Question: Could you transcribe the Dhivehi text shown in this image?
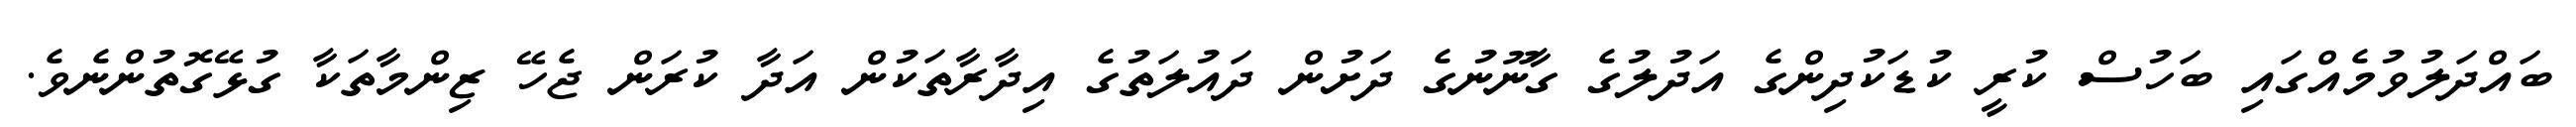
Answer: ބައްދަލުވުމެއްގައި ބަހުސް ކުރީ ކުޑަކުދިންގެ އަދުލުގެ ގާނޫނުގެ ދަށުން ދައުލަތުގެ އިދާރާތަކުން އަދާ ކުރަން ޖެހޭ ޒިންމާތަކާ ގުޅޭގޮތުންނެވެ.